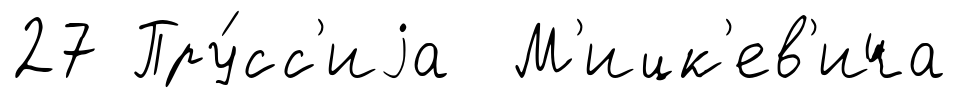
27 Пру́сс'иjа М'ицк'ев'ича